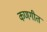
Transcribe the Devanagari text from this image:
कणगीत